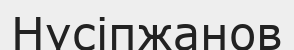
Нүсіпжанов